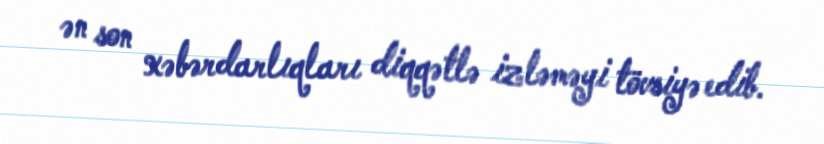
ən son xəbərdarlıqları diqqətlə izləməyi tövsiyə edib.